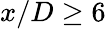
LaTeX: x/D\geq 6